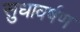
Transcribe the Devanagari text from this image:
सुधावर्षण